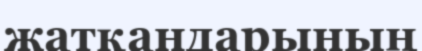
жатқандарының